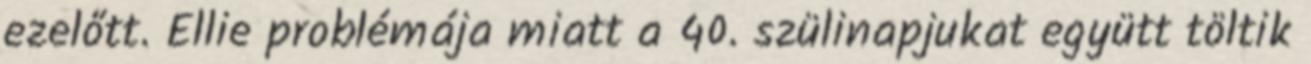
ezelőtt. Ellie problémája miatt a 40. szülinapjukat együtt töltik